Jaan_Tonisson_(Lasteleht), lk 87
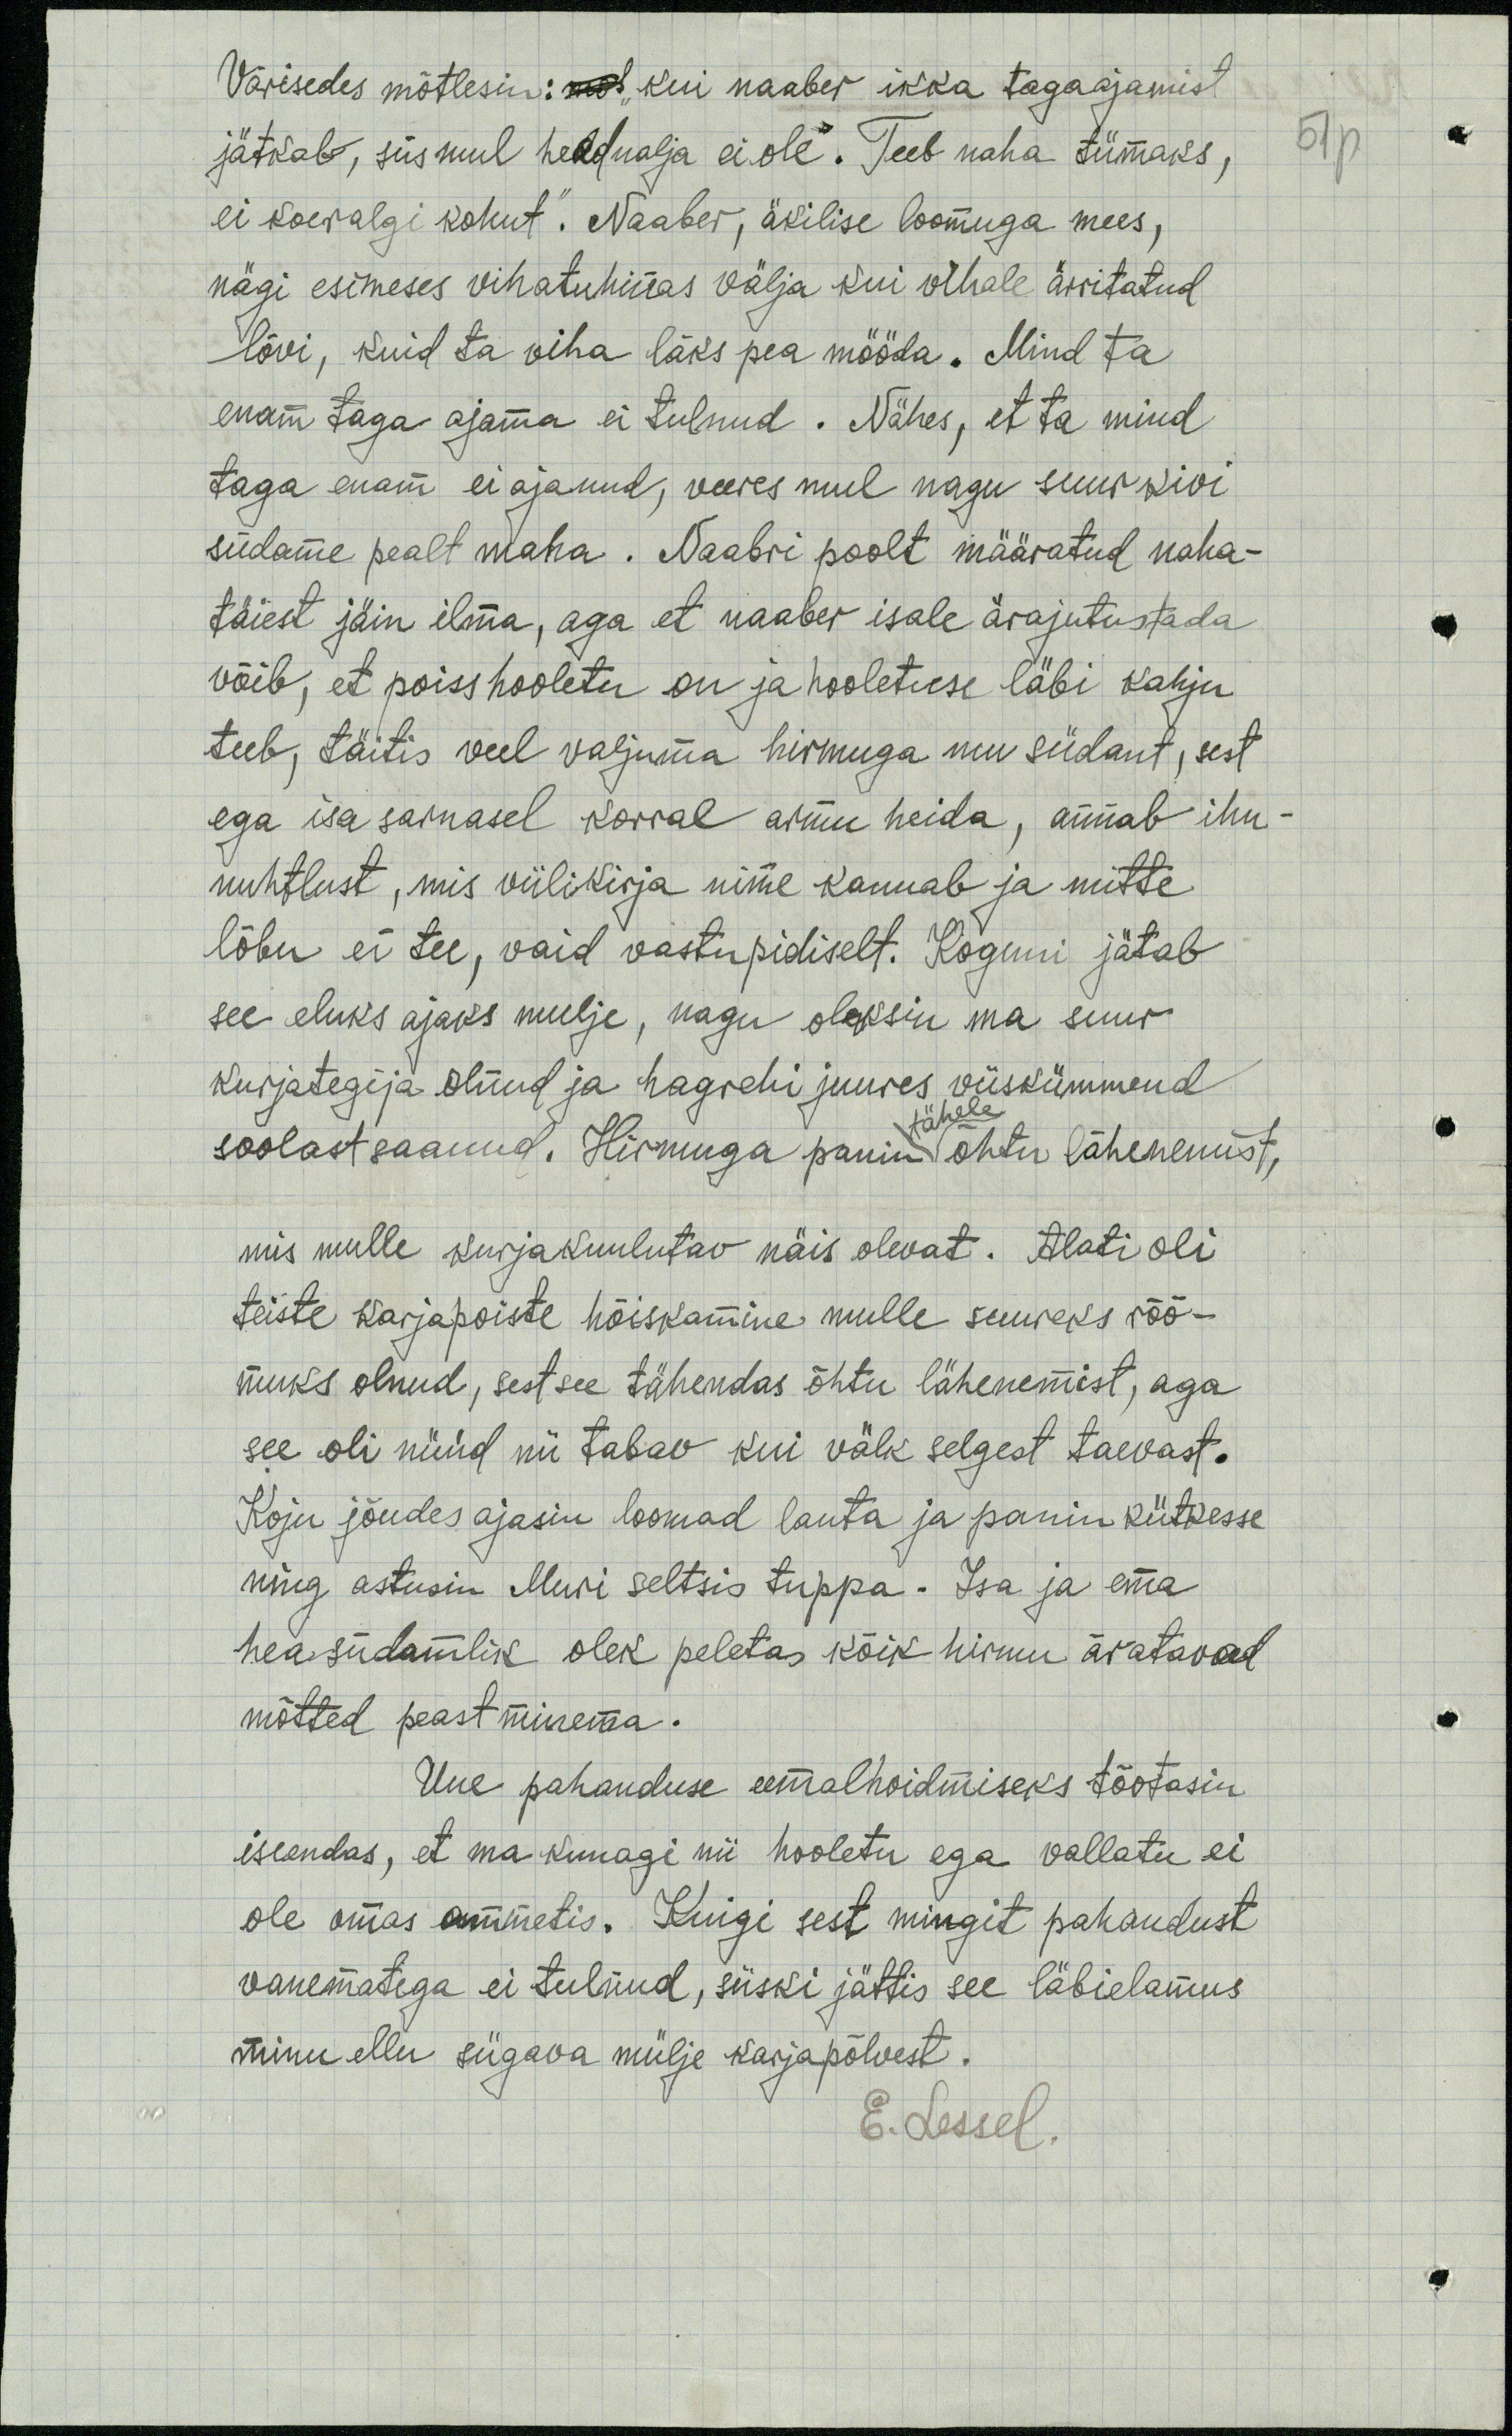
Värisedes mõtlesin: mot kui naaber ikka tagaajamist
jätkab, siis mul head nalja ei ole. Teeb naha tümaks,
51p
ei koeralgi kohut." Naaber, äkilise loomuga mees,
nägi esimeses vihatuhinas välja kui vihale ärritatud
lõvi, kuid ta viha läks pea mööda. Mind ta
enam taga ajama ei tulnud. Nähes, et ta mind
taga enam ei ajanud, veeres mul nagu suur kivi
südame pealt maha. Naabri poolt määratud naha-
täiest jäin ilma, aga et naaber isale ärajutustada
võib, et poiss hooletu on ja hooletuse läbi kahju
teeb, täitis veel valjuma hirmuga mu südant, sest
ega isa sarnasel korral armu heida, annab ihu-
nuhtlust, mis viilikirja nime kannab ja mitte
lõbu ei tee, vaid vastupidiselt. Koguni jätab
see eluks ajaks mulje, nagu oleksin ma suur
kurjategija olnud ja hagrehi juures viiskümmend
soolast saanud. Hirmuga panin õhtu lähenenust,
tähele
mis mulle kurjakuulutav näis olevat. Alati oli
teiste karjapoiste hõiskamine mulle suureks rõõ-
muks olnud, sest see tähendas õhtu lähenemist, aga
see oli nüüd nii tabav kui välk selgest taevast.
Koju jõudes ajasin loomad lauta ja panin kütkesse
ning astusin Muri seltsis tuppa. Isa ja ema
hea südamlik olek peletas kõik hirmu äratavad
mõtted peast minema.
Uue pahanduse eemalhoidmiseks tõotasin
isseendas, et ma kunagi nii hooletu ega vallatu ei
ole omas ammetis. Kuigi sest mingit pahandust
vanematega ei tulnud, siiski jättis see läbielamus
minu ellu sügava mülje karjapõlvest.
E. Lessel